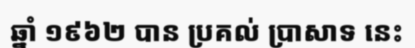
ឆ្នាំ ១៩៦២ បាន ប្រគល់ ប្រាសាទ នេះ